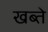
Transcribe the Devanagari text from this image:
खब्ते